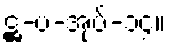
ဋ္ဌ-ပ-အုပ်-၁၄။